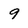
Character: 9